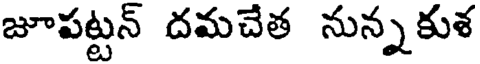
జూపట్టన్ దమచేత నున్నకుశ